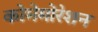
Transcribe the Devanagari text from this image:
कोमेमोरेशन